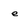
Character: e